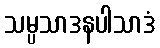
သမ္ပသာဒနပါသာဒံ